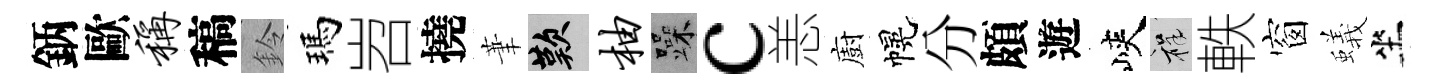
鈵歐称稿鈴瑪岧撓茟嘆柚躁c恙廚幌分頗遊峽祥軼窗蟻坐